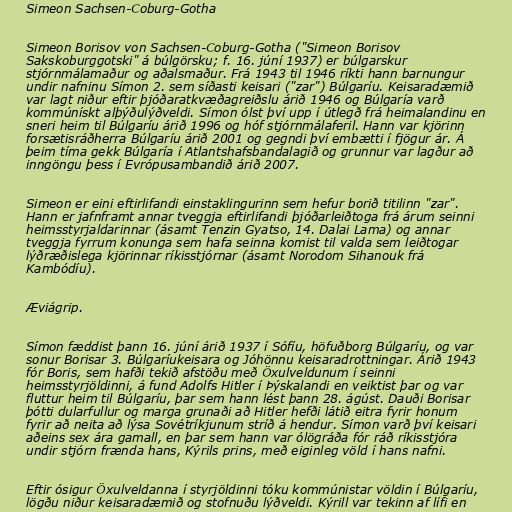
Simeon Sachsen-Coburg-Gotha

Simeon Borisov von Sachsen-Coburg-Gotha ("Simeon Borisov
Sakskoburggotski" á búlgörsku; f. 16. júní 1937) er búlgarskur
stjórnmálamaður og aðalsmaður. Frá 1943 til 1946 ríkti hann barnungur
undir nafninu Símon 2. sem síðasti keisari ("zar") Búlgaríu. Keisaradæmið
var lagt niður eftir þjóðaratkvæðagreiðslu árið 1946 og Búlgaría varð
kommúnískt alþýðulýðveldi. Símon ólst því upp í útlegð frá heimalandinu en
sneri heim til Búlgaríu árið 1996 og hóf stjórnmálaferil. Hann var kjörinn
forsætisráðherra Búlgaríu árið 2001 og gegndi því embætti í fjögur ár. Á
þeim tíma gekk Búlgaría í Atlantshafsbandalagið og grunnur var lagður að
inngöngu þess í Evrópusambandið árið 2007.

Simeon er eini eftirlifandi einstaklingurinn sem hefur borið titilinn "zar".
Hann er jafnframt annar tveggja eftirlifandi þjóðarleiðtoga frá árum seinni
heimsstyrjaldarinnar (ásamt Tenzin Gyatso, 14. Dalai Lama) og annar
tveggja fyrrum konunga sem hafa seinna komist til valda sem leiðtogar
lýðræðislega kjörinnar ríkisstjórnar (ásamt Norodom Sihanouk frá
Kambódíu).

Æviágrip.

Símon fæddist þann 16. júní árið 1937 í Sófíu, höfuðborg Búlgaríu, og var
sonur Borisar 3. Búlgaríukeisara og Jóhönnu keisaradrottningar. Árið 1943
fór Boris, sem hafði tekið afstöðu með Öxulveldunum í seinni
heimsstyrjöldinni, á fund Adolfs Hitler í Þýskalandi en veiktist þar og var
fluttur heim til Búlgaríu, þar sem hann lést þann 28. ágúst. Dauði Borisar
þótti dularfullur og marga grunaði að Hitler hefði látið eitra fyrir honum
fyrir að neita að lýsa Sovétríkjunum stríð á hendur. Símon varð því keisari
aðeins sex ára gamall, en þar sem hann var ólögráða fór ráð ríkisstjóra
undir stjórn frænda hans, Kýrils prins, með eiginleg völd í hans nafni.

Eftir ósigur Öxulveldanna í styrjöldinni tóku kommúnistar völdin í Búlgaríu,
lögðu niður keisaradæmið og stofnuðu lýðveldi. Kýrill var tekinn af lífi en